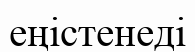
еңістенеді